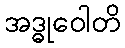
အဒ္ဓုဝေါတိ